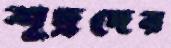
শূদ্রদের